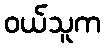
ဝယ်သူက